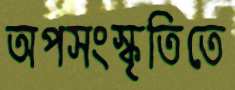
অপসংস্কৃতিতে